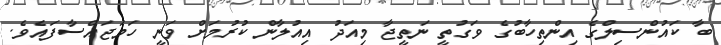
ބާ ކައުންސިލްގެ އިންތިހާބުގެ ވަގުތީ ނަތީޖާ މިއަދު އިއުލާން ކުރުމަށް ވަނީ ހަމަޖައްސާފައެވެ.